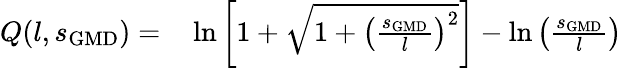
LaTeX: \begin{array}{rl}{Q(l,s_{\mathrm{GMD}})=}&{{}\ln\left[1+\sqrt{1+\left(\frac{s_{\mathrm{GMD}}}{l}\right)^{2}}\right]-\ln\left(\frac{s_{\mathrm{GMD}}}{l}\right)}\end{array}